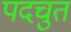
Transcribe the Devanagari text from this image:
पदचुत